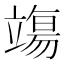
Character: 𫁬